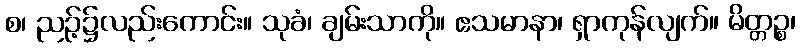
စ၊ ညဉ့်၌လည်းကောင်း။ သုခံ၊ ချမ်းသာကို။ ဧသမာနာ၊ ရှာကုန်လျက်။ မိတ္တဉ္စ၊